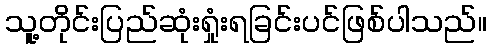
သူ့တိုင်းပြည်ဆုံးရှုံးရခြင်းပင်ဖြစ်ပါသည်။